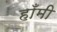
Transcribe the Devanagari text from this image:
हाँमी